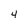
Character: 4